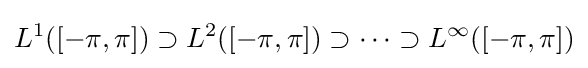
L^{1}([-\pi ,\pi ])\supset L^{2}([-\pi ,\pi ])\supset \cdots \supset L^{\infty }([-\pi ,\pi ])